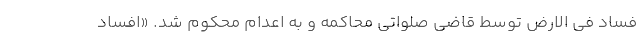
فساد فی الارض توسط قاضی صلواتی محاکمه و به اعدام محکوم شد. «افساد